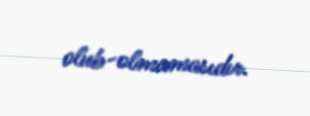
olub-olmamasıdır.